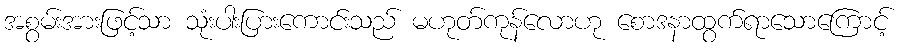
အစွမ်းအားဖြင့်သာ သုံးပါးပြားကောင်းသည် မဟုတ်ကုန်လောဟု စောဒနာထွက်ရာသောကြောင့်